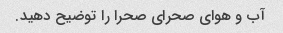
آب و هوای صحرای صحرا را توضیح دهید.